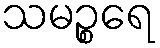
သမဉ္စရေ